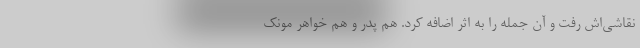
نقاشی‌اش رفت و آن جمله را به اثر اضافه کرد. هم پدر و هم خواهر مونک